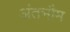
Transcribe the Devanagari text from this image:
अंतभौम